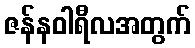
ဇန်နဝါရီလအတွက်